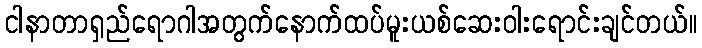
ငါနာတာရှည်ရောဂါအတွက်နောက်ထပ်မူးယစ်ဆေးဝါးရောင်းချင်တယ်။